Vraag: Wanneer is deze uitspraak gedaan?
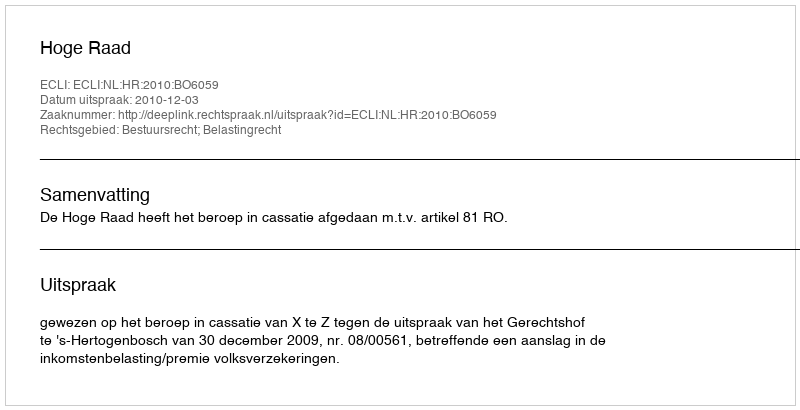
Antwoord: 2010-12-03